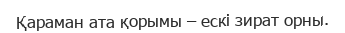
Қараман ата қорымы – ескі зират орны.